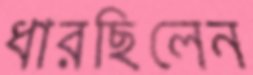
ধারছিলেন